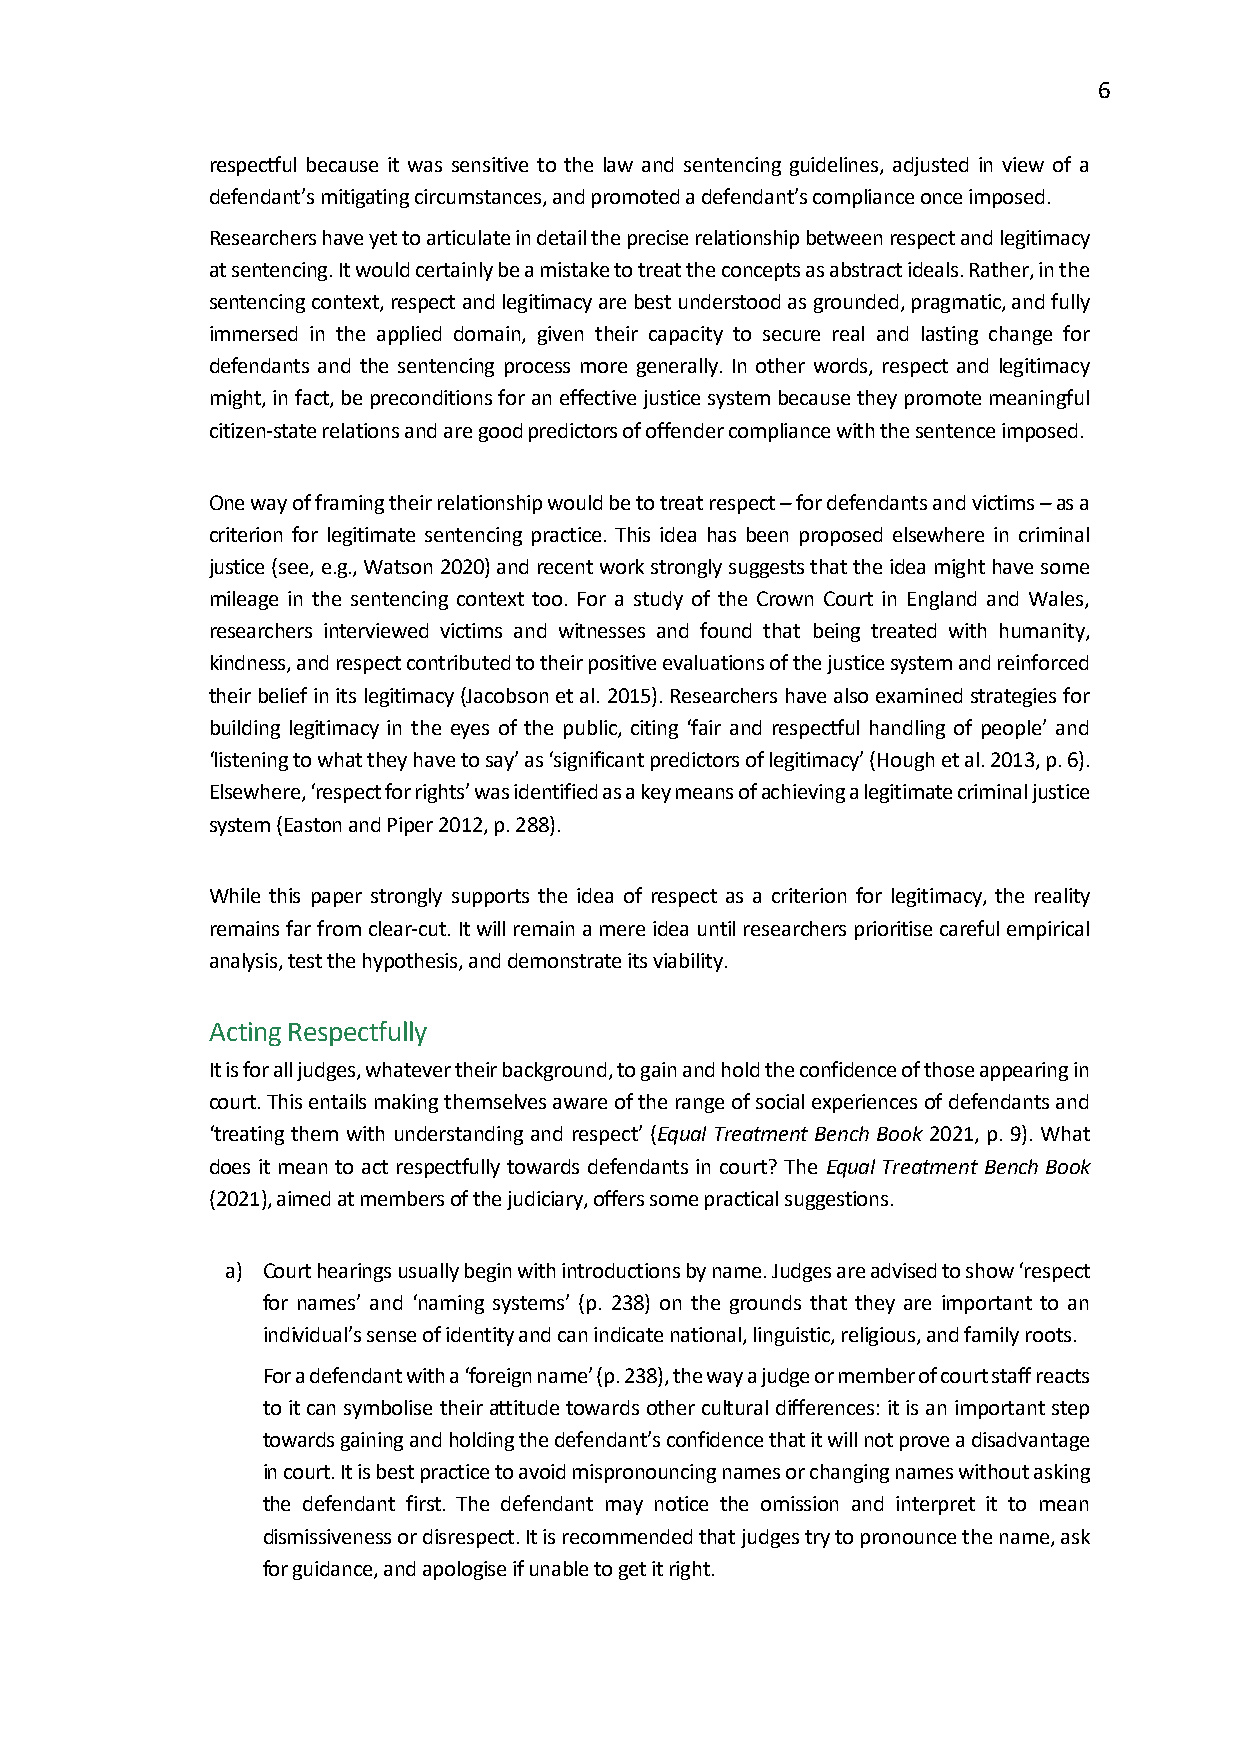
6
 respectful because it was sensitive to the law and sentencing guidelines, adjusted in view of a
 defendant’s mitigating circumstances, and promoted a defendant’s compliance once imposed.
 Researchers have yet to articulate in detail the precise relationship between respect and legitimacy
 at sentencing. It would certainly be a mistake to treat the concepts as abstract ideals. Rather, in the
 sentencing context, respect and legitimacy are best understood as grounded, pragmatic, and fully
 immersed in the applied domain, given their capacity to secure real and lasting change for
 defendants and the sentencing process more generally. In other words, respect and legitimacy
 might, in fact, be preconditions for an effective justice system because they promote meaningful
 citizen-state relations and are good predictors of offender compliance with the sentence imposed.
 One way of framing their relationship would be to treat respect – for defendants and victims – as a
 criterion for legitimate sentencing practice. This idea has been proposed elsewhere in criminal
 justice (see, e.g., Watson 2020) and recent work strongly suggests that the idea might have some
 mileage in the sentencing context too. For a study of the Crown Court in England and Wales,
 researchers interviewed victims and witnesses and found that being treated with humanity,
 kindness, and respect contributed to their positive evaluations of the justice system and reinforced
 their belief in its legitimacy (Jacobson et al. 2015). Researchers have also examined strategies for
 building legitimacy in the eyes of the public, citing ‘fair and respectful handling of people’ and
 ‘listening to what they have to say’ as ‘significant predictors of legitimacy’ (Hough et al. 2013, p. 6).
 Elsewhere, ‘respect for rights’ was identified as a key means of achieving a legitimate criminal justice
 system (Easton and Piper 2012, p. 288).
 While this paper strongly supports the idea of respect as a criterion for legitimacy, the reality
 remains far from clear-cut. It will remain a mere idea until researchers prioritise careful empirical
 analysis, test the hypothesis, and demonstrate its viability.
 Acting Respectfully
 It is for all judges, whatever their background, to gain and hold the confidence of those appearing in
 court. This entails making themselves aware of the range of social experiences of defendants and
 ‘treating them with understanding and respect’ (Equal Treatment Bench Book 2021, p. 9). What
 does it mean to act respectfully towards defendants in court? The Equal Treatment Bench Book
 (2021), aimed at members of the judiciary, offers some practical suggestions.
 a) Court hearings usually begin with introductions by name. Judges are advised to show ‘respect
 for names’ and ‘naming systems’ (p. 238) on the grounds that they are important to an
 individual’s sense of identity and can indicate national, linguistic, religious, and family roots.
 For a defendant with a ‘foreign name’ (p. 238), the way a judge or member of court staff reacts
 to it can symbolise their attitude towards other cultural differences: it is an important step
 towards gaining and holding the defendant’s confidence that it will not prove a disadvantage
 in court. It is best practice to avoid mispronouncing names or changing names without asking
 the defendant first. The defendant may notice the omission and interpret it to mean
 dismissiveness or disrespect. It is recommended that judges try to pronounce the name, ask
 for guidance, and apologise if unable to get it right.